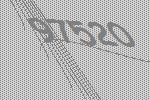
97520